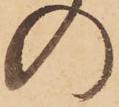
の